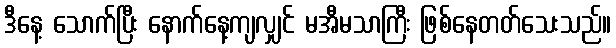
ဒီနေ့ သောက်ပြီး နောက်နေ့ကျလျှင် မအီမသာကြီး ဖြစ်နေတတ်သေးသည်။